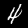
Label: 4